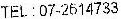
TEL : 07-2614733